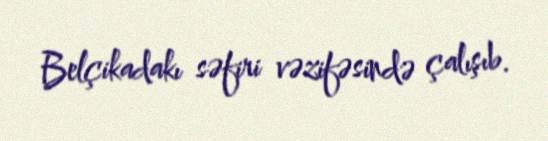
Belçikadakı səfiri vəzifəsində çalışıb.